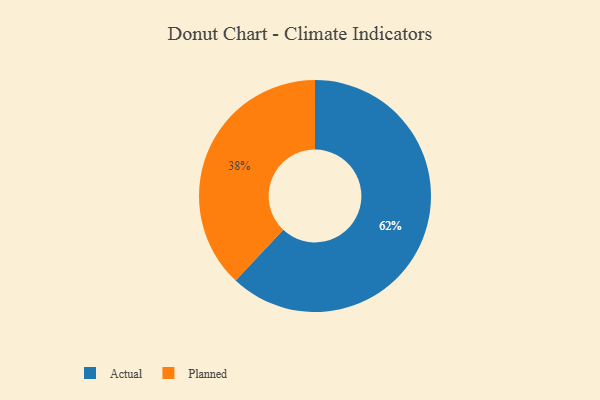
{"axis": {"x": "Category", "y": "Percentage"}, "legend": ["Actual", "Planned"], "data": [{"x": "Actual", "y": 62, "type": "Actual"}, {"x": "Planned", "y": 38, "type": "Planned"}]}